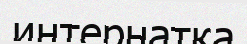
интернатқа